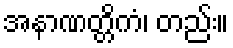
အနာဏတ္တိကံ၊ တည်း။